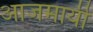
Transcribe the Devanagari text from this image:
आजमायी